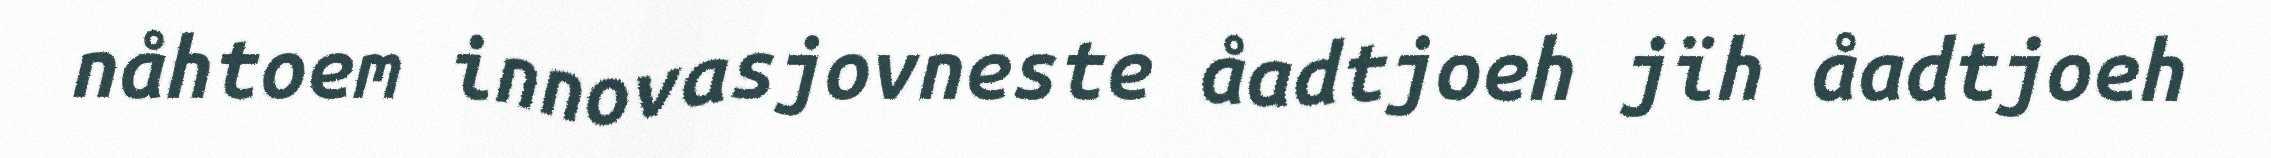
nåhtoem innovasjovneste åadtjoeh jïh åadtjoeh